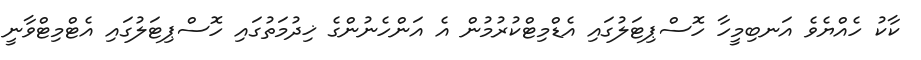
ކާކު ހެއްޔެވެ އަނބިމީހާ ހޮސްޕިޓަލުގައި އެޑްމިޓްކުރުމުން އެ އަންހެނުންގެ ޚިދުމަތުގައި ހޮސްޕިޓަލުގައި އެޓްމިޓްވާނީ